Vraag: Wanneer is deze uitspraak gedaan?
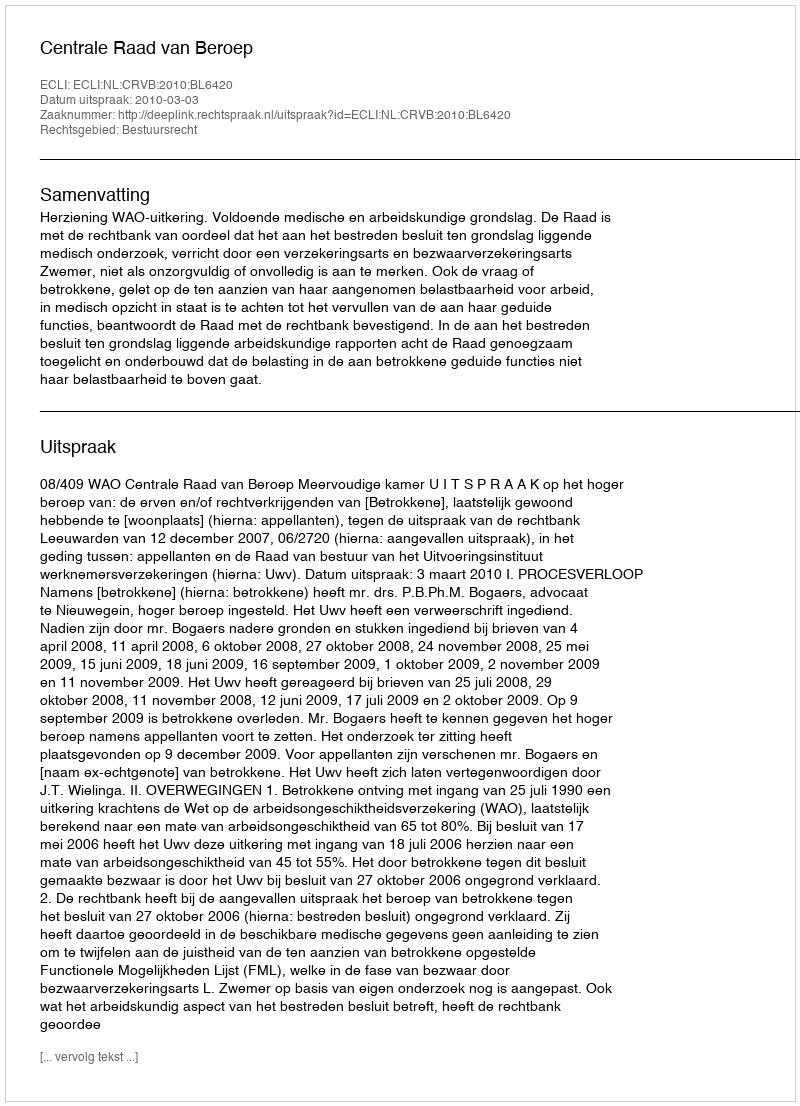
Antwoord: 2010-03-03